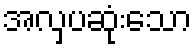
အလှပဆုံးသော